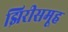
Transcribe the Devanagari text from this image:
झिरीसमूह